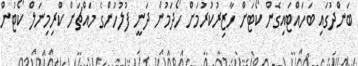
ބަންދުގައި ބަހައްޓައިގެން ކޯޓަށް ހާޒިރުކުރުމަށް ހޯދަމުން ދަނީ ފުލުހުންގެ މައްޗަށް ކްރިމިނަލް ކޯޓުން